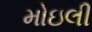
મોઇલી